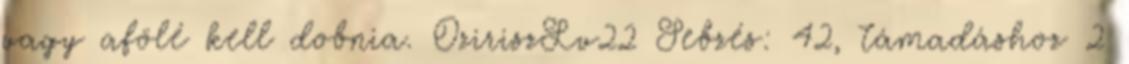
vagy afölé kell dobnia. OziriszLv22 Sebzés: 42, támadáshoz 2